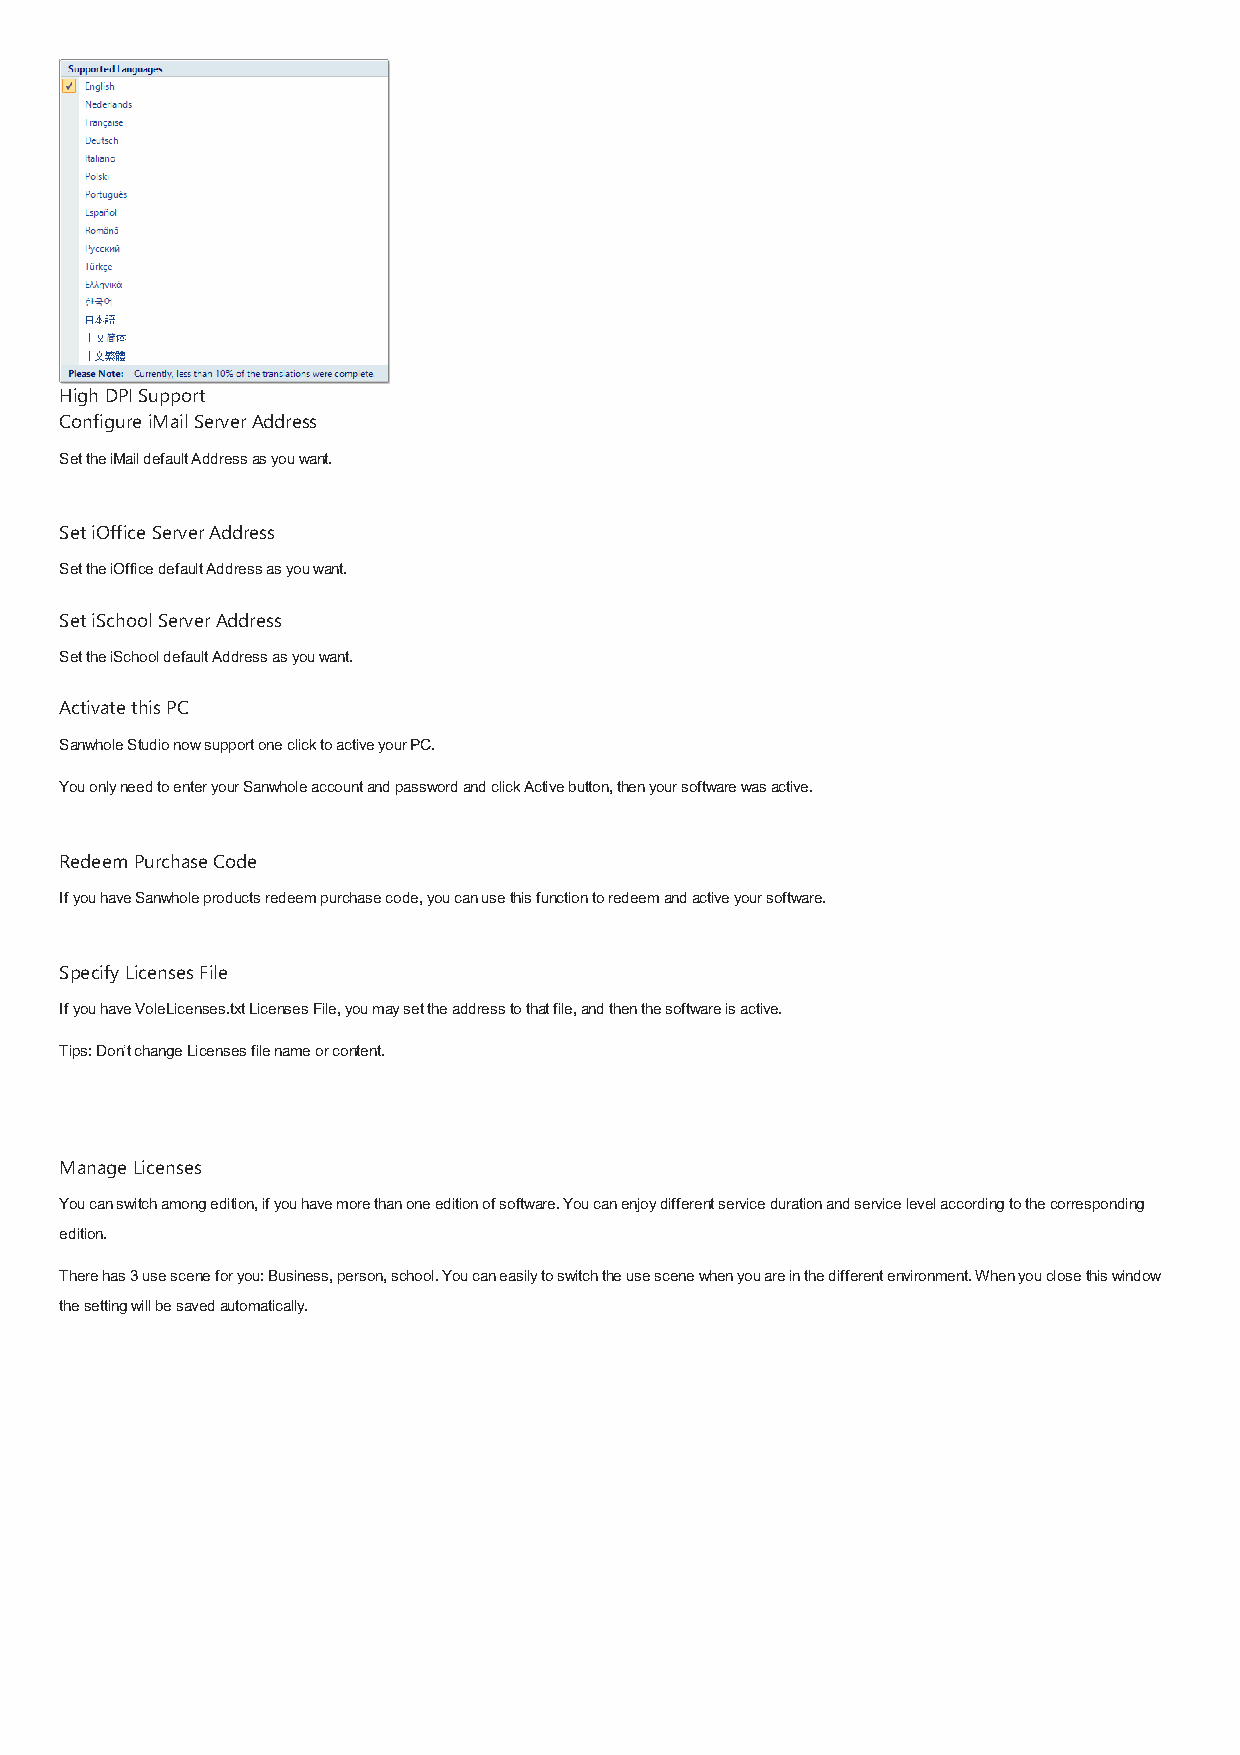
High DPI Support
 Configure iMail Server Address
 Set the iMail default Address as you want.
 Set iOffice Server Address
 Set the iOffice default Address as you want.
 Set iSchool Server Address
 Set the iSchool default Address as you want.
 Activate this PC
 Sanwhole Studio now support one click to active your PC.
 You only need to enter your Sanwhole account and password and click Active button, then your software was active.
 Redeem Purchase Code
 If you have Sanwhole products redeem purchase code, you can use this function to redeem and active your software.
 Specify Licenses File
 If you have VoleLicenses.txt Licenses File, you may set the address to that file, and then the software is active.
 Tips: Don’t change Licenses file name or content.
 Manage Licenses
 You can switch among edition, if you have more than one edition of software. You can enjoy different service duration and service level according to the corresponding
 edition.
 There has 3 use scene for you: Business, person, school. You can easily to switch the use scene when you are in the different environment. When you close this window
 the setting will be saved automatically.